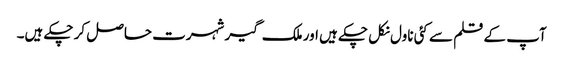
آپ کے قلم سے کئی ناول نکل چکے ہیں اور ملک گیر شہرت حاصل کر چکے ہیں۔